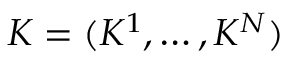
K = ( K ^ { 1 } , \ldots , K ^ { N } )